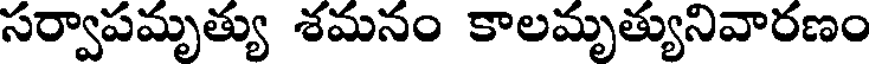
సర్వాపమృత్యు శమనం కాలమృత్యునివారణం